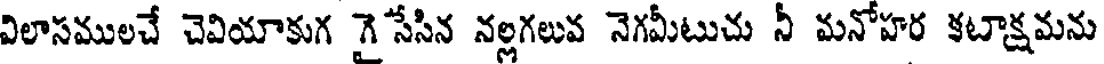
విలాసములచే చెవియాకుగ గై సేసిన నల్లగలువ నెగమీటుచు నీ మనోహర కటాక్షమను